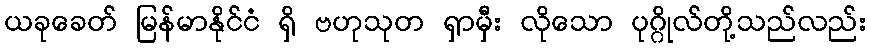
ယခုခေတ် မြန်မာနိုင်ငံ ရှိ ဗဟုသုတ ရှာမှီး လိုသော ပုဂ္ဂိုလ်တို့သည်လည်း